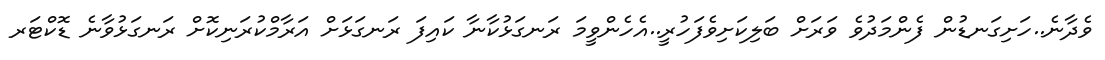
ވެދާނެ..ހަށިގަނޑުން ފެންމަދުވެ ވަރަށް ބަލިކަށިވެފަހުރީ..އެހެންވީމަ ރަނގަޅުކާނާ ކައިފަ ރަނގަޅަށް އަރާމްކުރަނިކޮށް ރަނގަޅުވާނެ ޑޮކްޓަރ